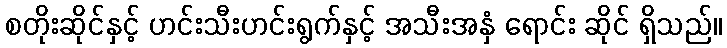
စတိုးဆိုင်နှင့် ဟင်းသီးဟင်းရွက်နှင့် အသီးအနှံ ရောင်း ဆိုင် ရှိသည်။